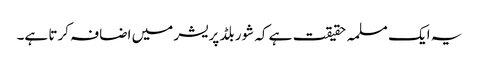
یہ ایک مسلمہ حقیقت ہے کہ شور بلڈ پریشر میں اضافہ کرتا ہے۔